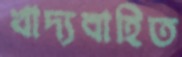
খাদ্যবাহিত